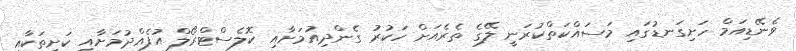
ވެނޭޑިއަމް ހަށިގަނޑުގައި މަސައްކަތްކުރަނީ ލޭގެ ތެރެއަށް ހަކުރު ގެންދިއުމަށާއި ކޮލެސްޓްރޯލް އުފެއްދުމަށާއި ކަށިތަކާއި